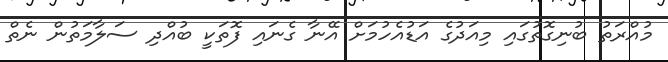
މުއްރަތު ބުނިގޮތުގައި މިއަދުގެ އަޑުއެހުމަށް އޭނާ ގެނައި ފޮތަކީ ބުއްދި ސަލާމަތުން ނެތް